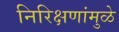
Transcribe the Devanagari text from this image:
निरिक्षणांमुळे